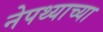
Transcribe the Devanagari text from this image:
नेपथ्याच्या